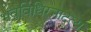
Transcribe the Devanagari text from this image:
भवविधिरनादृत्य